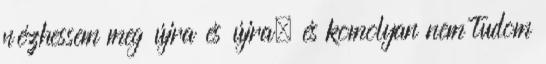
nézhessem meg újra és újra, és komolyan nem tudom